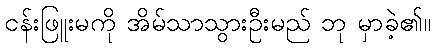
ငန်းဖြူးမကို အိမ်သာသွားဦးမည် ဘု မှာခဲ့၏။